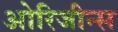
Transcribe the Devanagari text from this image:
ओरिजीन्स